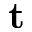
\textbf { t }